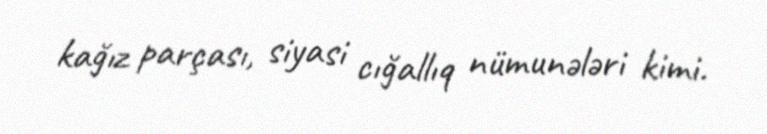
kağız parçası, siyasi cığallıq nümunələri kimi.